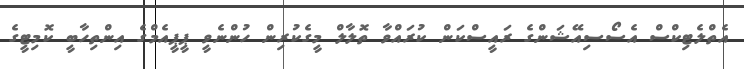
އެތްލެޓިކްސް އެސޯސިއޭޝަންގެ ރައީސްކަން ކުރައްވާ ތޮލާލް މީގެކުރިން ހުންނެވީ ޕީޕީއެމްގެ އިންތިހާބީ ކޮމިޓީގެ